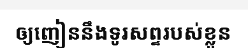
ឲ្យញៀននឹងទូរសព្ទរបស់ខ្លួន